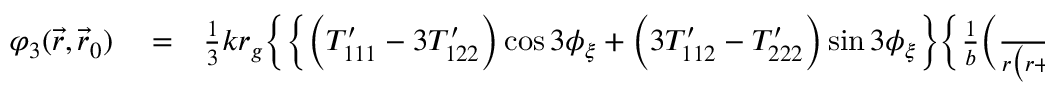
\begin{array} { r l r } { \varphi _ { 3 } ( \vec { r } , \vec { r } _ { 0 } ) } & { { } = } & { { \textstyle \frac { 1 } { 3 } } k r _ { g } \bigg \{ \Big \{ \Big ( { \cal T } _ { 1 1 1 } ^ { \prime } - 3 { \cal T } _ { 1 2 2 } ^ { \prime } \Big ) \cos 3 \phi _ { \xi } + \Big ( 3 { \cal T } _ { 1 1 2 } ^ { \prime } - { \cal T } _ { 2 2 2 } ^ { \prime } \Big ) \sin 3 \phi _ { \xi } \Big \} \Big \{ \frac { 1 } { b } \Big ( \frac { 1 } { r \big ( r + ( \vec { k } \cdot \vec { r } ) \big ) } - \frac { ( \vec { k } \cdot \vec { r } ) } { 2 r ^ { 3 } } \Big ) - { \textstyle \frac { 3 } { 8 } } b \frac { ( \vec { k } \cdot \vec { r } ) } { r ^ { 5 } } \Big \} + } \end{array}